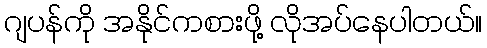
ဂျပန်ကို အနိုင်ကစားဖို့ လိုအပ်နေပါတယ်။